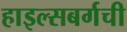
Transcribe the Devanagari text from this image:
हाइल्सबर्गची